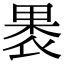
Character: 褁